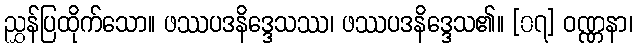
ညွှန်ပြထိုက်သော။ ဖဿပဒနိဒ္ဒေသဿ၊ ဖဿပဒနိဒ္ဒေသ၏။ [၀၇] ဝဏ္ဏနာ၊